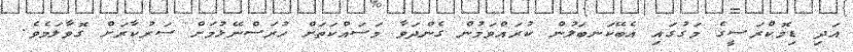
އަދި ޑިމޮކްރަސީގެ މަގުގައި އެބޭކަނބަލުން ކުރައްވަމުން ގެންދަވާ މަސައްކަތަށް ހުރަސްނޭޅުމަށް ސަރުކާރަށް ގޮވާލަމެވެ.